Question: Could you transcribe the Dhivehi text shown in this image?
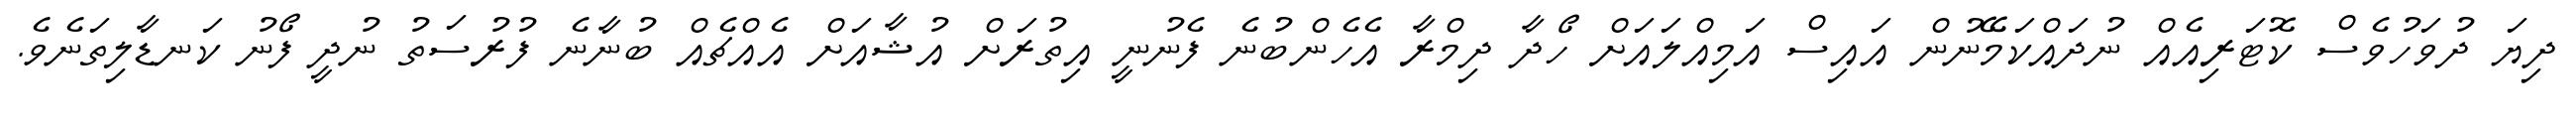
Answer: ދިޔަ ދުވަހުވެސް ކޮޓަރިއެއް ނުދައްކަމޭނުން އައިސް އަމިއްލައަށް ހޯދާ ދިމްރާ އެހެންބުނެ ފެނުނީ އިތުރަށް އުޝާއަށް އެއްޗެއް ބުނާނެ ފުރުސަތު ނުދީ ފޯނު ކަނޑާލިތަނެވެ.